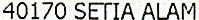
40170 SETIA ALAM